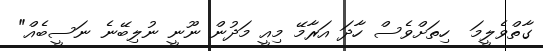
ގާތްވެލީމަ  ހިތަށްވެސް ހާދަ އަރާމޭ މިއީ މަދުން ނޫނީ ނުލިބޭނެ ނަސީބެއް"